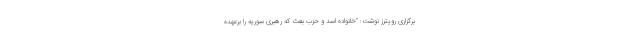
برگزاری رویترز نوشت: "خانواده اسد و حزب بعث که رهبری سوریه را برعهده